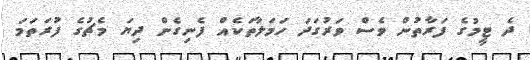
ދެ ޓީމުގެ ފަރާތުން ވެސް ވަރުގަދަ ހަމަލާތަކެއް ފެނިގެން ދިޔަ މެޗުގެ ފުރަތަމަ